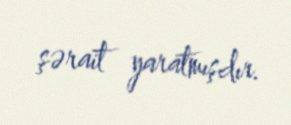
şərait yaratmışdır.